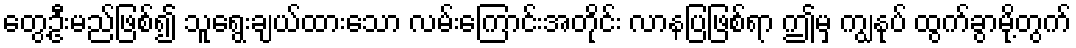
တွေ့ဦးမည်ဖြစ်၍ သူရွေးချယ်ထားသော လမ်းကြောင်းအတိုင်း လာနပြဖြစ်ရာ ဤမှ ကျွနုပ် ထွက်ခွာမို့တွက်